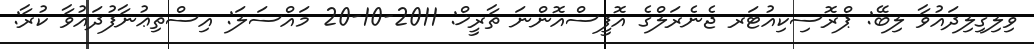
ވިލިގިލިދައުވާ ލިބޭ: ޕްރޮސިކިއުޓަރ ޖެނެރަލްގެ އޮފީސްއޮންނަ ތާރީޚް: 2011-10-20 މައްސަލަ: އިސްތިޢުނާފުދައުވާ ކުރާ: